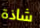
شاذة